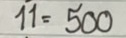
11 = 500